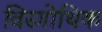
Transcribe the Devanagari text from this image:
विस्गोथिक